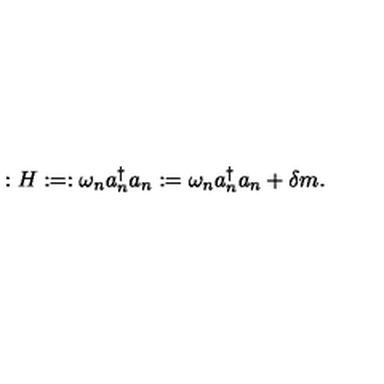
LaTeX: : H : = : \omega _ { n } a _ { n } ^ { \dagger } a _ { n } : = \omega _ { n } a _ { n } ^ { \dagger } a _ { n } + \delta m .